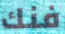
فنك